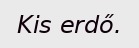
Kis erdő.